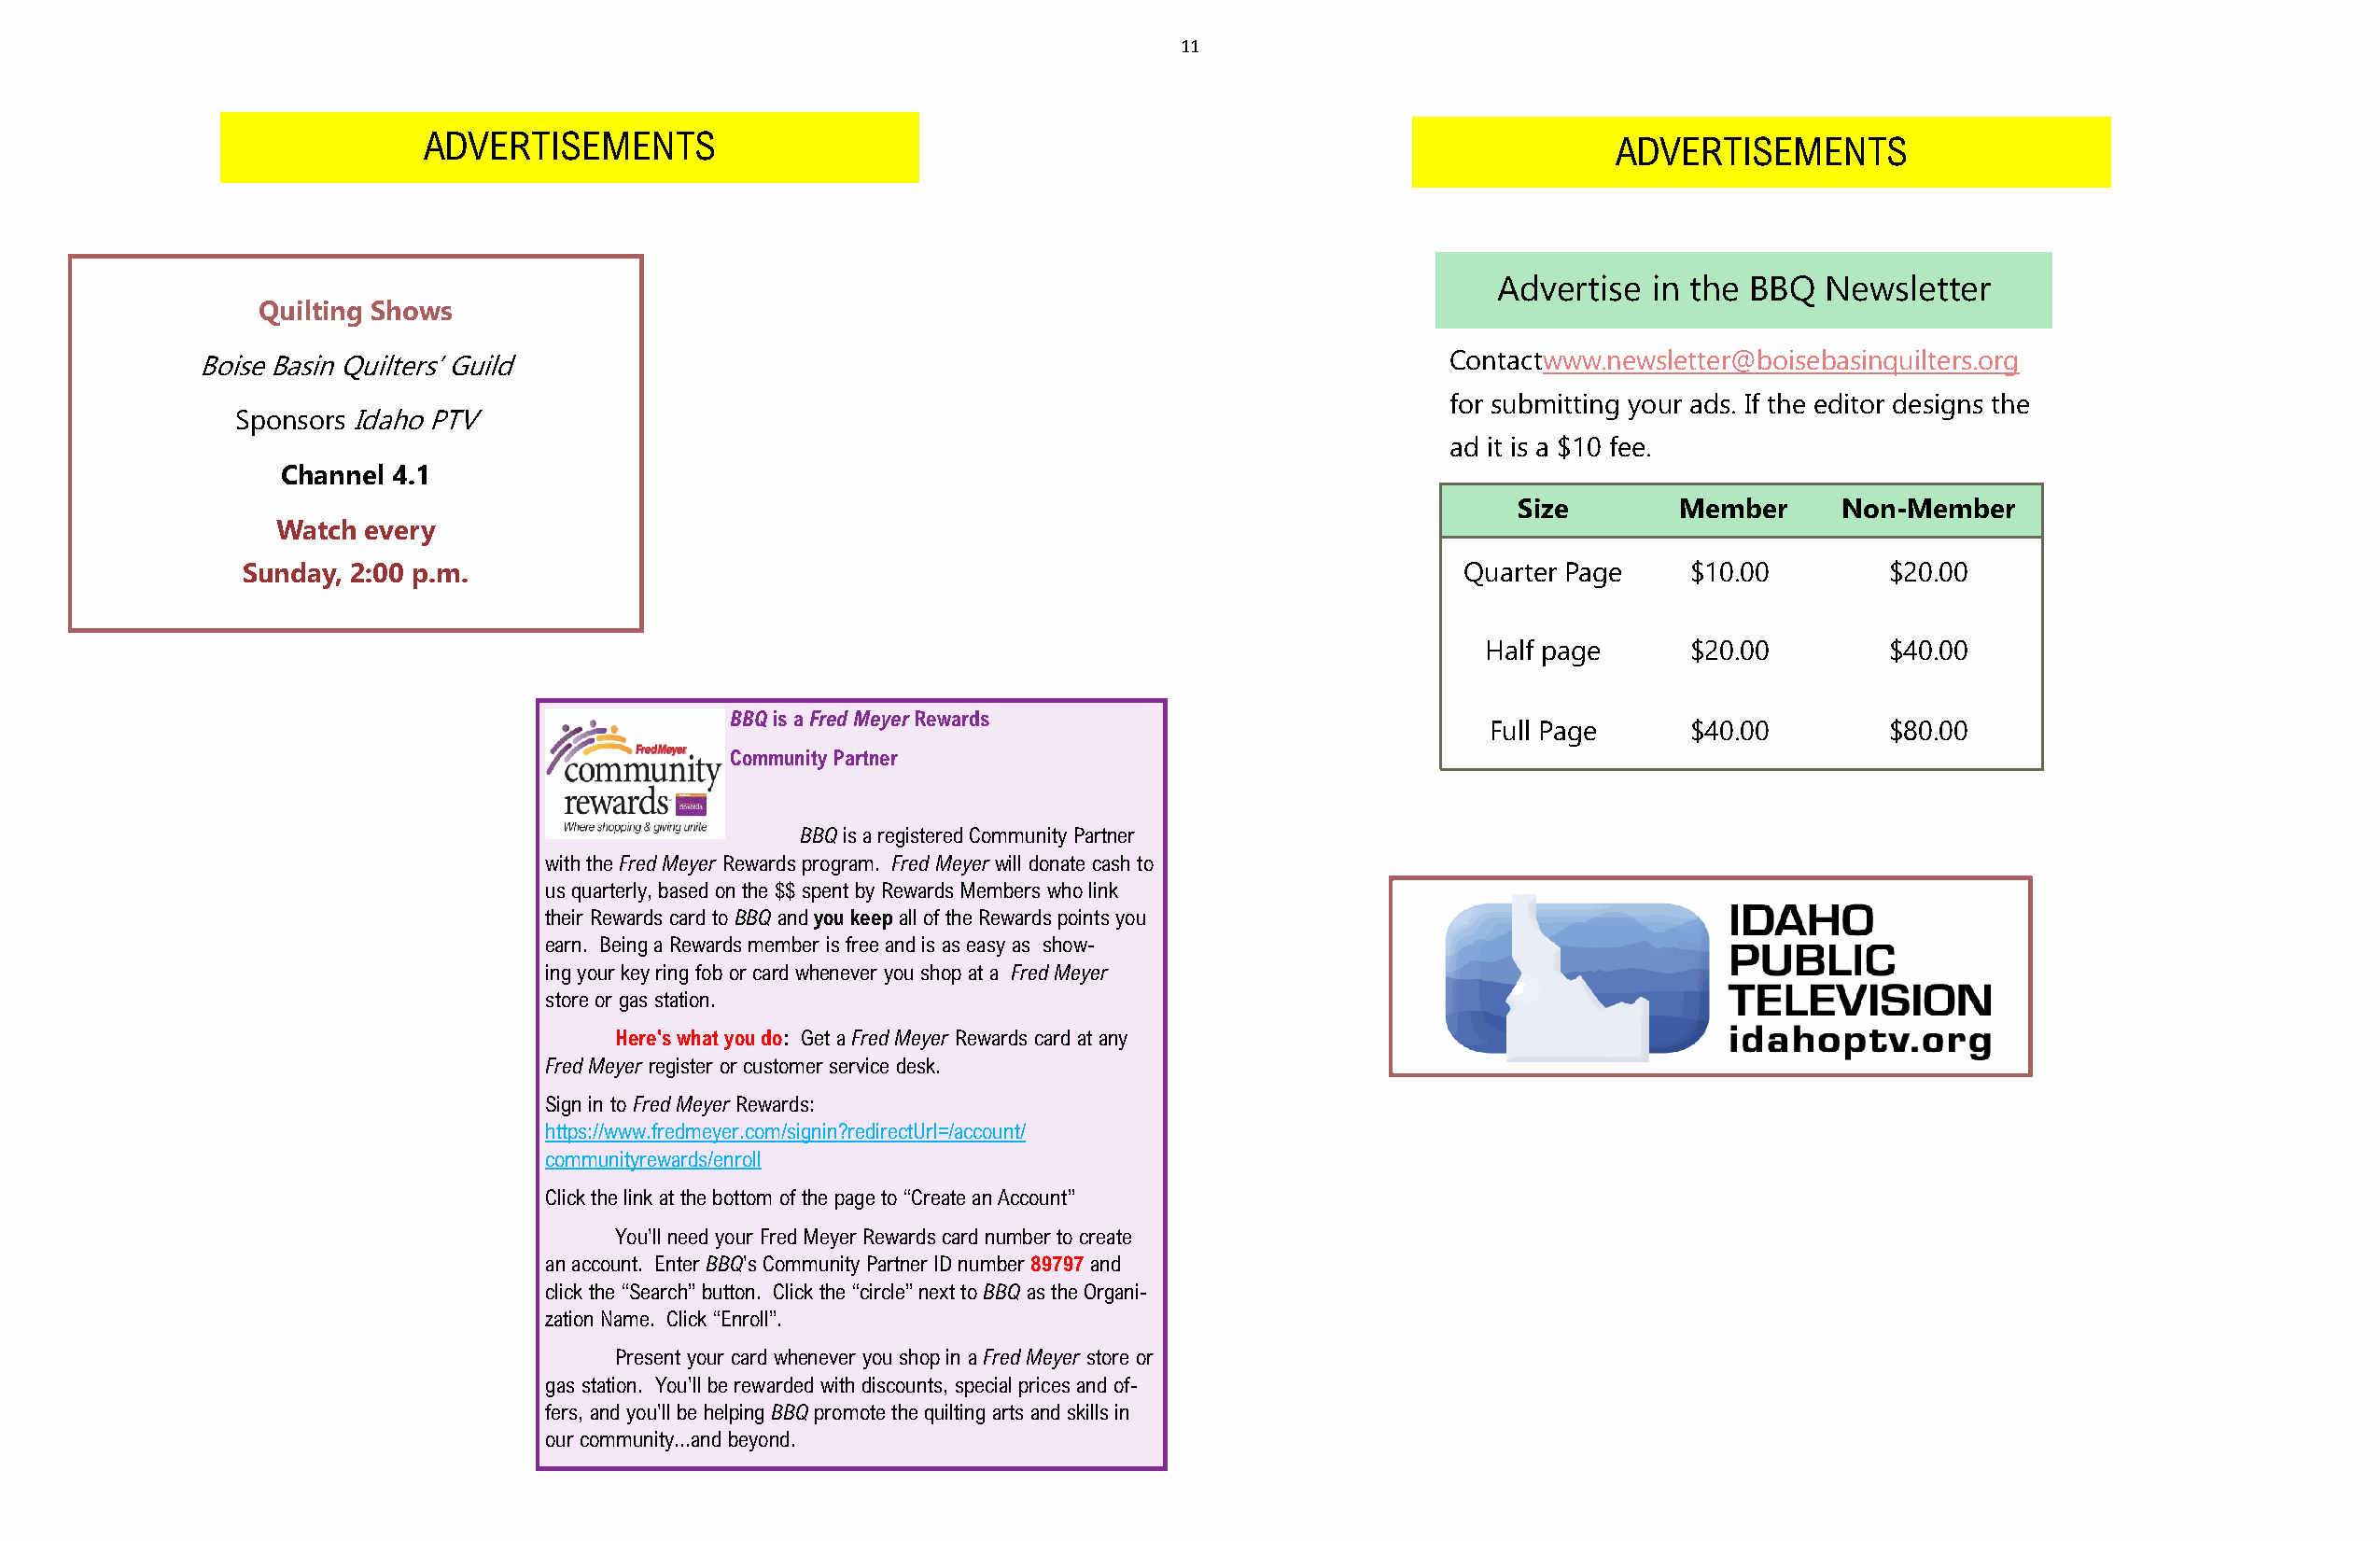
11
 ADVERTISEMENTS                                                                       ADVERTISEMENTS
 Advertise  in the BBQ  Newsletter
 Quilting Shows
 Boise Basin Quilters’ Guild                                                              Contactwww.newsletter@boisebasinquilters.org
 for submitting your ads. If the editor designs the
 Sponsors Idaho PTV
 ad it is a $10 fee.
 Channel 4.1
 Size       Member      Non-Member
 Watch every
 Sunday, 2:00 p.m.                                                                      Quarter Page    $10.00        $20.00
 Half page      $20.00        $40.00
 BBQ is a Fred Meyer Rewards
 Full Page     $40.00        $80.00
 Community Partner
 BBQ is a registered Community Partner
 with the Fred Meyer Rewards program. Fred Meyer will donate cash to
 us quarterly, based on the $$ spent by Rewards Members who link
 their Rewards card to BBQ and you keep all of the Rewards points you
 earn. Being a Rewards member is free and is as easy as show-
 ing your key ring fob or card whenever you shop at a Fred Meyer
 store or gas station.
 Here's what you do: Get a Fred Meyer Rewards card at any
 Fred Meyer register or customer service desk.
 Sign in to Fred Meyer Rewards:
 https://www.fredmeyer.com/signin?redirectUrl=/account/
 communityrewards/enroll
 Click the link at the bottom of the page to “Create an Account”
 You'll need your Fred Meyer Rewards card number to create
 an account. Enter BBQ's Community Partner ID number 89797 and
 click the “Search” button. Click the “circle” next to BBQ as the Organi-
 zation Name. Click “Enroll”.
 Present your card whenever you shop in a Fred Meyer store or
 gas station. You'll be rewarded with discounts, special prices and of-
 fers, and you'll be helping BBQ promote the quilting arts and skills in
 our community...and beyond.